Report of an investigation into the causes of malaria in Bombay and the measures necessary for its control
Disease focus: Malaria
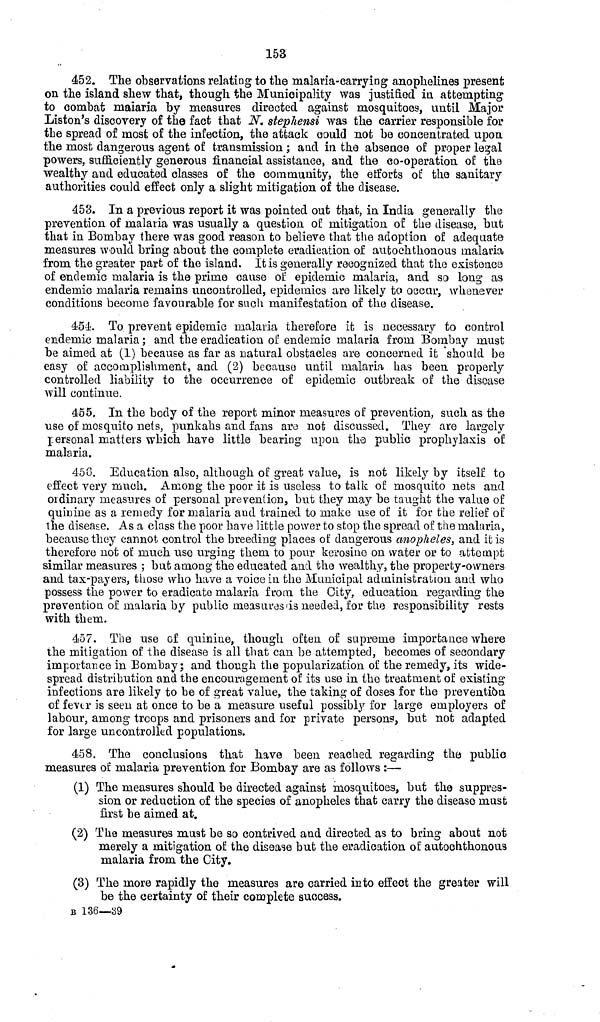
153
452. The observations relating to the malaria-carrying anophelines present
on the island shew that, though the Municipality was justified in attempting
to combat maiaria by measures directed against mosquitoes, until Major
Liston's discovery of the fact that N. stephensi was the carrier responsible for
the spread of most of the infection, the attack could not be concentrated upon
the most dangerous agent of transmission ; and in the absence of proper legal
powers, sufficiently generous financial assistance, and the co-operation of the
wealthy and educated classes of the community, the efforts of the sanitary
authorities could effect only a slight mitigation of the disease.
453. In a previous report it was pointed out that, in India generally the
prevention of malaria was usually a question of mitigation of the disease, but
that in Bombay there was good reason to believe that the adoption of adequate
measures would bring about the complete eradication of autochthonous malaria
from the greater part of the island. It is generally recognized that the existence
of endemic malaria is the prime cause oí epidemic malaria, and so long as
endemic malaria remains uncontrolled, epidemics are likely to occur, whenever
conditions become favourable for such manifestation of the disease.
454. To prevent epidemic malaria therefore it is necessary to control
endemic malaria ; and the eradication of endemic malaria from Bombay must
be aimed at (1) because as far as natural obstacles are concerned it "should be
easy of accomplishment, and (2) because until malaria has been properly
controlled liability to the occurrence of epidemic outbreak of the disease
will continue.
455. In the body of the report minor measures of prevention, such as the
use of mosquito nets, punkahs and fans are not discussed. They are largely
personal matters which have little bearing upon the public prophylaxis of
malaria.
456. Education also, although of great value, is not likely by itself to
effect very much. Among the poor it is useless to talk of mosquito nets and
ordinary measures of personal prevention, but they may be taught the value of
quinine as a remedy for malaria and trained to make use of it for the relief of
the disease. As a class the poor have little power to stop the spread of the malaria,
because they cannot control the breeding places of dangerous anopheles, and it is
therefore not of much use urging them to pour kerosine on water or to attempt
similar measures ; but among the educated and the wealthy, the property-owners
and tax-payers, those who have a voice in the Municipal administration and who
possess the power to eradicate malaria from the City, education regarding the
prevention of malaria by public measures is needed, for the responsibility rests
with them.
457. The use of quinine, though often of supreme importance where
the mitigation of the disease is all that can be attempted, becomes of secondary
importance in Bombay; and though the popularization of the remedy, its wide-
spread distribution and the encouragement of its use in the treatment of existing
infections are likely to be of great value, the taking of doses for the prevention
of fever is seen at once to be a measure useful possibly for large employers of
labour, among troops and prisoners and for private persons, but not adapted
for large uncontrolled populations.
458. The conclusions that have been reached regarding the public
measures of malaria prevention for Bombay are as follows :—•
(1) The measures should be directed against mosquitoes, but the suppres-
sion or reduction of the species of anopheles that carry the disease must
first be aimed at.
(2) The measures must be so contrived and directed as to bring about not
merely a mitigation of the disease but the eradication of autochthonous
malaria from the City.
(3) The more rapidly the measures are carried into effect the greater will
be the certainty of their complete success.
B 136—39